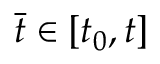
{ \bar { t } } \in [ t _ { 0 } , t ]